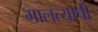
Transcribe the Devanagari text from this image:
मालत्याची